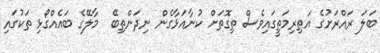
ބަލަ ރައްރަށުގެ އަތިރިމަތީގައިވެސް ތިގޮތަށް ކުނާއަޅާގެން ނިދަންތިބޭ  މާލޭގެ ބައެއްގޯޅި ތަކުގައި